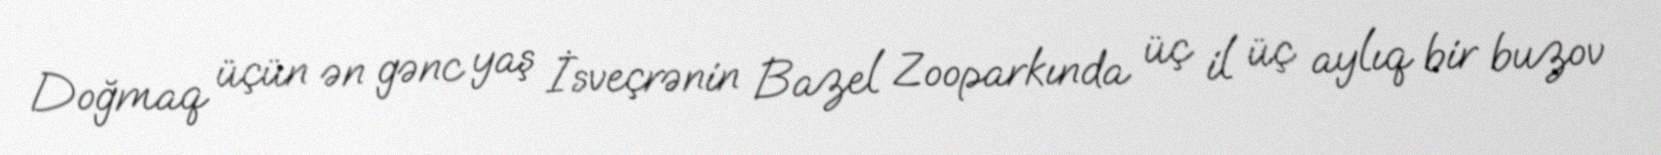
Doğmaq üçün ən gənc yaş İsveçrənin Bazel Zooparkında üç il üç aylıq bir buzov